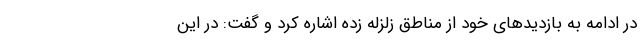
در ادامه به بازدیدهای خود از مناطق زلزله زده اشاره کرد و گفت: در این